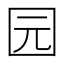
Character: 园